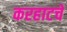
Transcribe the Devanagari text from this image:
करहाटचे